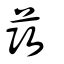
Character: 茿